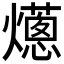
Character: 𤑢